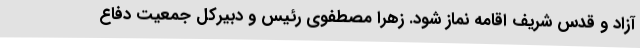
آزاد و قدس شریف اقامه نماز شود. زهرا مصطفوی رئیس و دبیرکل جمعیت دفاع